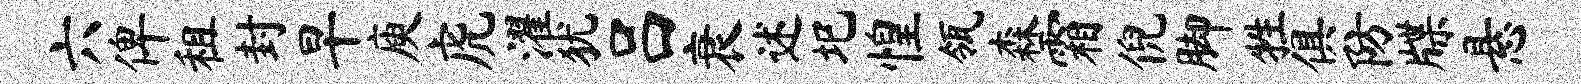
六俾租封早庾虎濯犹吕衰述圯惶瓴森霜倪脚牲俱防牒悬